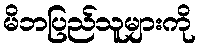
မိဘပြည်သူများကို